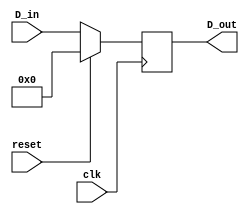
module PC(input clk, 
          input reset, 
          input [31:0] D_in, 
          output reg[31:0] D_out
          );
    
    always@(posedge clk) begin
        if (reset == 1)
            D_out <= 32'b0;
        else
            D_out <= D_in;
    end
endmodule